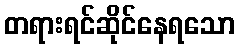
တရားရင်ဆိုင်နေရသော